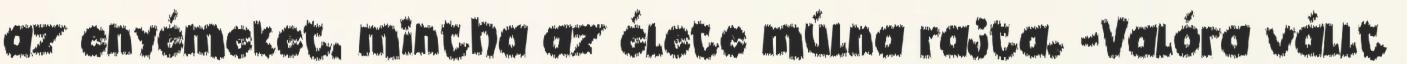
az enyémeket, mintha az élete múlna rajta. -Valóra vállt